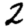
Digit: 2